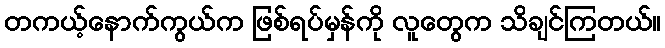
တကယ့်နောက်ကွယ်က ဖြစ်ရပ်မှန်ကို လူတွေက သိချင်ကြတယ်။